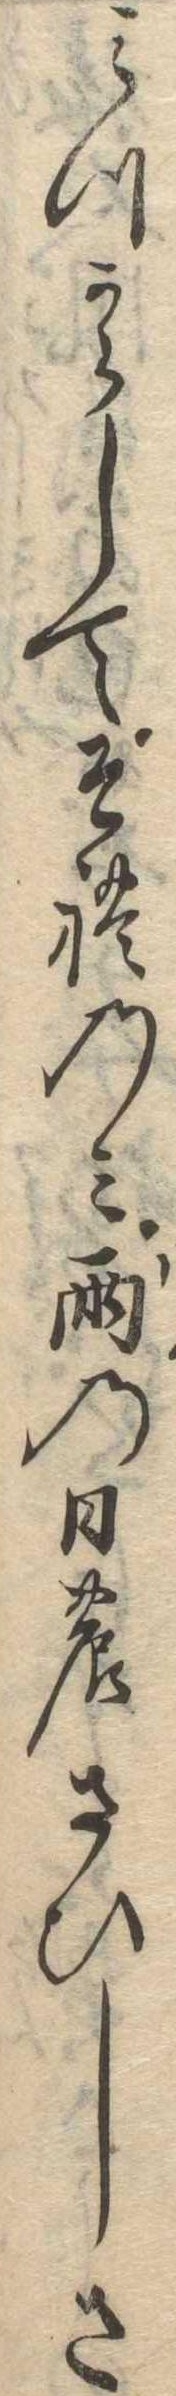
みつからしてそれのみ雨の日のさひしさ